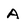
Character: A